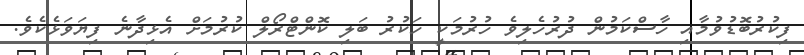
ފިކުރުބޮޑުވުމާއި ހާސްކަމުން ދުރުހެލިވެ ހުރުމަކީ ހަކުރު ބަލި ކޮންޓްރޯލް ކުރުމަށް އެޅިދާނެ ފިޔަވަޅެކެވެ.